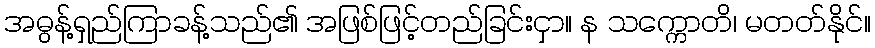
အဓွန့်ရှည်ကြာခန့်သည်၏ အဖြစ်ဖြင့်တည်ခြင်းငှာ။ န သက္ကောတိ၊ မတတ်နိုင်။